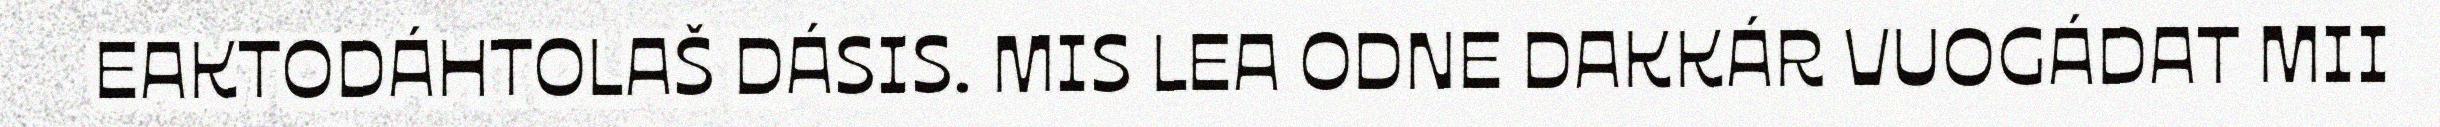
EAKTODÁHTOLAŠ DÁSIS. MIS LEA ODNE DAKKÁR VUOGÁDAT MII